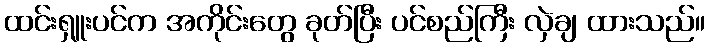
ထင်းရှူးပင်က အကိုင်းတွေ ခုတ်ပြီး ပင်စည်ကြီး လှဲချ ထားသည်။